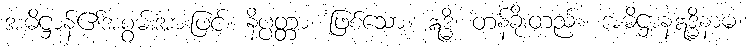
အဓိဋ္ဌာန်၏အစွမ်းအားဖြင့်။ နိပ္ပတ္တာ၊ ဖြစ်သော။ ဣဒ္ဓိ၊ တန်ခိုးတည်း။ အဓိဋ္ဌာနဣဒ္ဓိနာမ၊